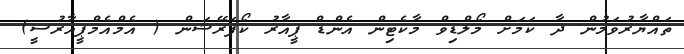
ތައްޔާރުވަމުން ދާ ކަމަށް މޯލްޑިވް މާކެޓިން އެންޑް ޕީއާރު ކޯޕަރޭޝަން ( އެމްއެމްޕީއާރުސީ)